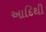
આદિથી